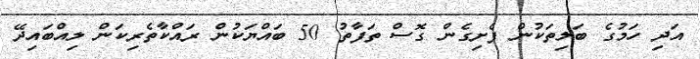
އަދި ހަމުގެ ބަލިތަކުން ފެށިގެން ގޮސް ތަފާތު 50 ބައްޔަކުން ރައްކާތެރިކަން ލިއްބައިދޭ